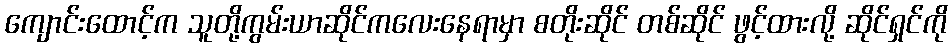
ကျောင်းထောင့်က သူတို့ကွမ်းယာဆိုင်ကလေးနေရာမှာ စတိုးဆိုင် တစ်ဆိုင် ဖွင့်ထားလို့ ဆိုင်ရှင်ကို